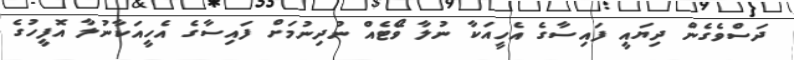
ދަސްވެގެން ދިޔައީ ފައިސާގެ އެހީއަކާ ނުލާ ވޯޭޓެއް ނުދިނުމަށް ފައިސާގެ އެހީއަކާނުލާ އޮފީހުގެ